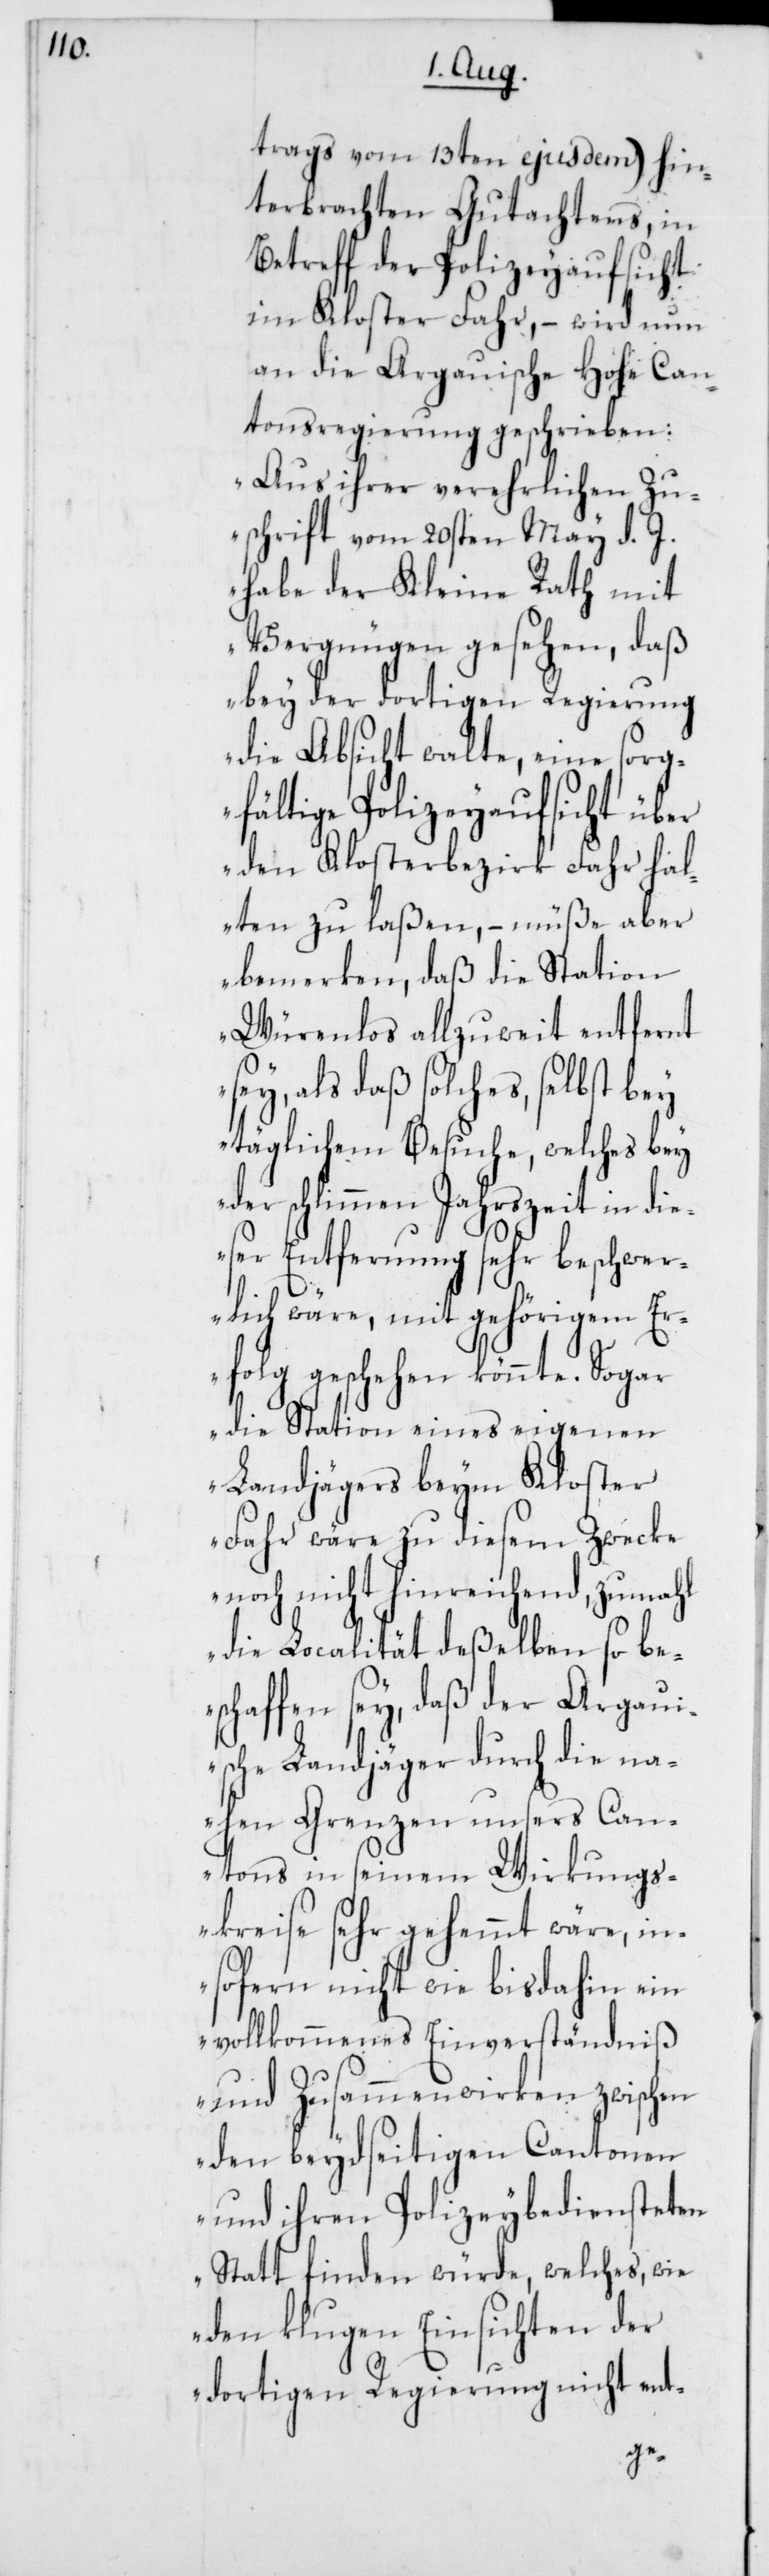
trags vom 13ten ejusdem) hin¬
terbrachten Gutachtens, in
Betreff der Polizeyaufsicht
im Kloster Fahr, – wird nun
an die Argauische Hohe Can¬
tonsregierung geschrieben:
„Aus ihrer verehrlichen Zu¬
schrift vom 20sten May d. J.
habe der Kleine Rath mit
Vergnügen gesehen, daß
bey der dortigen Regierung
die Absicht walte, eine sorg¬
fältige Polizeyaufsicht über
den Klosterbezirk Fahr hal¬
ten zu laßen, – müße aber
bemerken, daß die Station
Würenlos allzuweit entfernt
sey, als daß solches, selbst bey
täglichem Besuche, welches bey
der schlimmen Jahrszeit in die¬
ser Entfernung sehr beschwer¬
lich wäre, mit gehörigem Er¬
folg geschehen könnte. Sogar
die Station eines eigenen
Landjägers beym Kloster
Fahr wäre zu diesem Zwecke
noch nicht hinreichend, zumahl
die Localität deßelben so be¬
schaffen sey, daß der Argaui¬
sche Landjäger durch die
nahen Grenzen unsers Can¬
tons in seinem Wirkungs¬
kreise sehr gehemmt wäre, in¬
sofern nicht wie bis dahin ein
vollkommenes Einverständniß
und Zusammenwirken zwischen
den beydseitigen Cantonen
und ihren Polizeybediensteten
statt finden würde, welches, wie
den klugen Einsichten der
dortigen Regierung nicht ent-